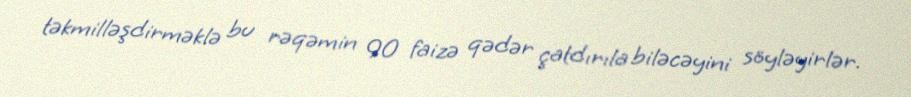
təkmilləşdirməklə bu rəqəmin 90 faizə qədər çatdırıla biləcəyini söyləyirlər.